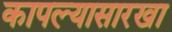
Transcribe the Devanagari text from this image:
कापल्यासारखा